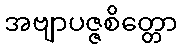
အဗျာပဇ္ဇစိတ္တော